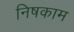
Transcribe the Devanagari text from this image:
निषकाम